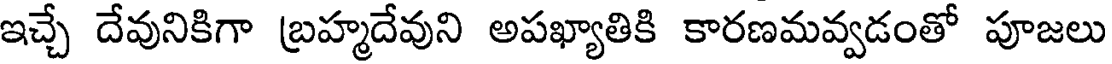
ఇచ్చే దేవునికిగా బ్రహ్మదేవుని అపఖ్యాతికి కారణమవ్వడంతో పూజలు